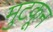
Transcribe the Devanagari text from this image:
मुटकून